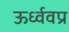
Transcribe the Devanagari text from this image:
ऊर्ध्ववप्र